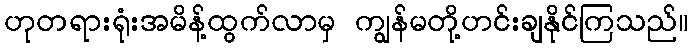
ဟုတရားရုံးအမိန့်ထွက်လာမှ ကျွန်မတို့ဟင်းချနိုင်ကြသည်။